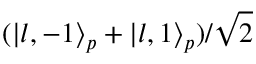
( | l , - 1 \rangle _ { p } + | l , 1 \rangle _ { p } ) / { \sqrt 2 }